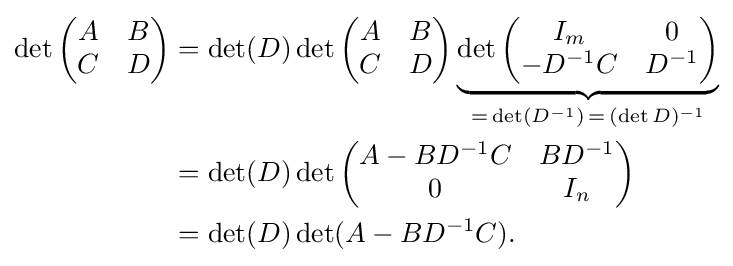
{\begin{aligned}\det {\begin{pmatrix}A&B\\C&D\end{pmatrix}}&=\det(D)\det {\begin{pmatrix}A&B\\C&D\end{pmatrix}}\underbrace {\det {\begin{pmatrix}I_{m}&0\\-D^{-1}C&D^{-1}\end{pmatrix}}} _{=\,\det(D^{-1})\,=\,(\det D)^{-1}}\\&=\det(D)\det {\begin{pmatrix}A-BD^{-1}C&BD^{-1}\\0&I_{n}\end{pmatrix}}\\&=\det(D)\det(A-BD^{-1}C).\end{aligned}}